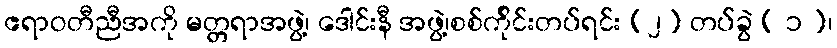
ဧရာဝတီညီအကို မတ္တရာအဖွဲ့၊ ဒေါင်းနီ အဖွဲ့၊စစ်က်ိုင်းတပ်ရင်း (၂) တပ်ခွဲ ( ၁ )၊